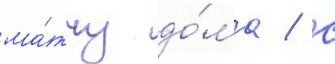
ма́тчу до́ма / с